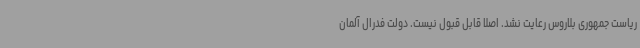
ریاست جمهوری بلاروس رعایت نشد. اصلا قابل قبول نیست. دولت فدرال آلمان